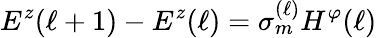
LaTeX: E^{z}(\ell+1)-E^{z}(\ell)=\sigma_{m}^{(\ell)}H^{\varphi}(\ell)